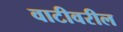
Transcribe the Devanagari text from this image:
वाटीवरील